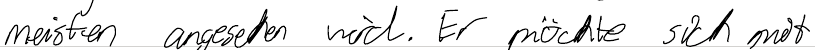
meisten angesehen wird. Er möchte sich mit